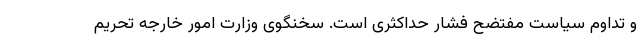
و تداوم سیاست مفتضح فشار حداکثری است. سخنگوی وزارت امور خارجه تحریم